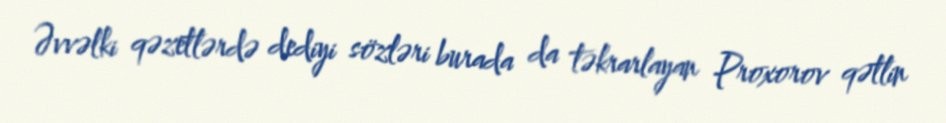
Əvvəlki qəzetlərdə dediyi sözləri burada da təkrarlayan Proxorov qətlin